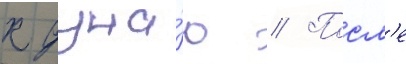
к дуна́ю // Посл'е